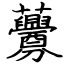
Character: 虋